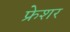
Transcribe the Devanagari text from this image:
फ्रेशर